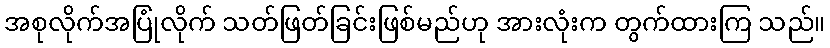
အစုလိုက်အပြုံလိုက် သတ်ဖြတ်ခြင်းဖြစ်မည်ဟု အားလုံးက တွက်ထားကြ သည်။